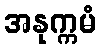
အနုက္ကမံ